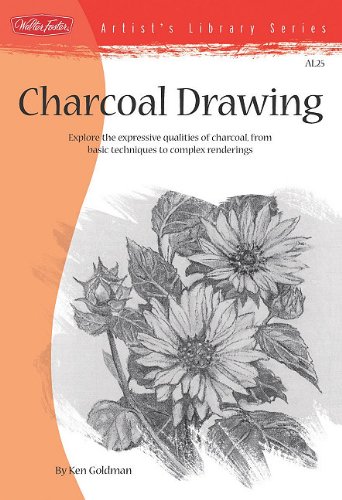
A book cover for Charcoal Drawing (Artist's Library); Ken Goldman; Teen & Young Adult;